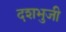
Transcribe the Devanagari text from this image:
दशभुजी